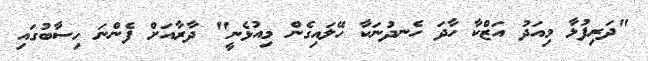
"ދަރިފުޅާ މިއަދު އަޒްކާ ހާދަ ހެނދުނަކާ ހޭލައިގެން މިއުޅެނީ" ދާރާއަށް ފެންނަ ހިސާބުގައި